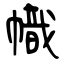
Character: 幟